Indian journal of veterinary science and animal husbandry - Volumes 26-27, 1956-1957
Year: 1956
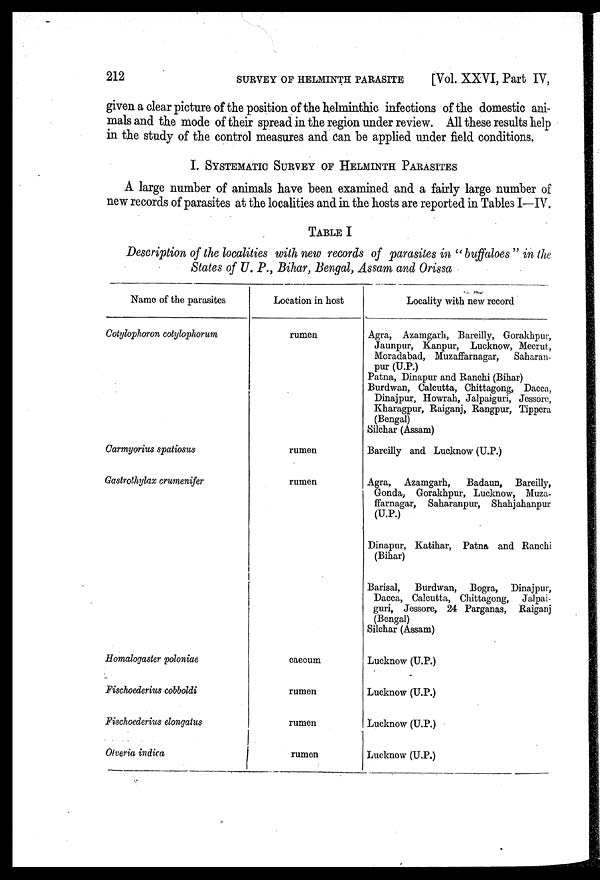
212
SURVEY
OF
HELMINTH
PARASITE
[Vol. XXVI, Part IV,
given a clear picture of the position of the helminthic infections of the domestic ani-
mals and the mode of their spread in the region under review. All these results help
in the study of the control measures and can be applied under field conditions.
I. SYSTEMATIC SURVEY OF HELMINTH PARASITES
A large number of animals have been examined and a fairly large number of
new records of parasites at the localities and in the hosts are reported in Tables I—IV.
TABLE I
Description of the localities with new records of parasites in "buffaloes " in the
States of U. P., Bihar, Bengal, Assam and Orissa
Name of the parasites
Cotylophoron cotylophorum
Carmyorius spatiosus
Gastrothylax crumenifer
Homalogaster poloniae
Fischoederius cobboldi
Fischoederius elongatus
Olveria indica
Location in host
rumen
rumen
rumen
caecum
rumen
rumen
rumen
Locality with new record
Agra, Azamgarh, Bareilly, Gorakkpur,
Jaunpur, Kanpur, Lucknow, Meerut,
Moradabad, Muzaffarnagar,
Saharan-
pur (U.P.)
Patna, Dinapur and Ranchi (Bihar)
Burdwan, Calcutta, Chittagong, Dacca,
Dinajpur, Howrah, Jalpaiguri, Jessorc,
Kharagpur, Raiganj, Rangpur, Tippera
(Bengal)
Silchar (Assam)
Bareilly and Lucknow (U.P.)
Agra, Azamgarh,
Badaun, Bareilly,
Gonda, Gorakhpur, Lucknow, Muza-
ffarnagar, Saharanpur, Shahjahanpur
(U.P.)
Dinapur, Katihar, Patna and Ranchi
(Bihar)
Barisal,
Burdwan, Bogra,
Dinajpur,
Dacca, Calcutta, Chittagong, Jalpai-
guri, Jessore, 24 Parganas, Raiganj
(Bengal)
Silchar (Assam)
Lucknow (U.P.)
Lucknow (U.P.)
Lucknow (U.P.)
Lucknow (U.P.)